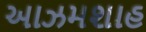
આઝમશાહ